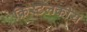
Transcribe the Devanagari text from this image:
क्रिस्टलकीय